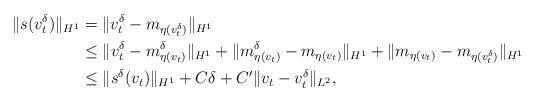
LaTeX: \begin{align*}\| s(v_t ^\delta) \|_{H^1} &= \| v_t ^\delta -m_{\eta(v_t ^\delta)} \|_{H^1} \\&\leq \| v_t ^\delta -m_{\eta(v_t )} ^\delta \|_{H^1} + \| m_{\eta(v_t )} ^\delta - m_{\eta(v_t )} \|_{H^1} + \| m_{\eta(v_t )} -m_{\eta(v_t ^\delta )} \|_{H^1} \\&\leq \|s^\delta (v_t)\|_{H^1} + C\delta + C' \| v_t - v_t ^\delta \|_{L^2},\end{align*}